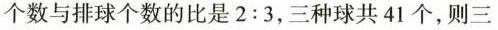
个数与排球个数的比是2:3，三种球共41个，则三